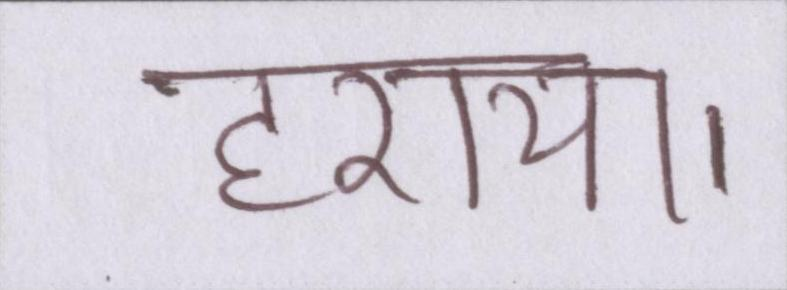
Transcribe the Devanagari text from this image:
हराया।